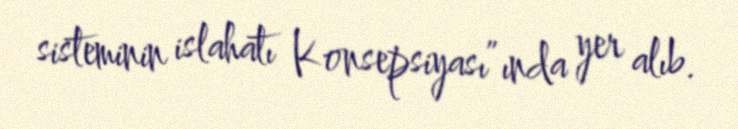
sisteminin islahatı Konsepsiyası”ında yer alıb.